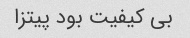
بی کیفیت بود پیتزا